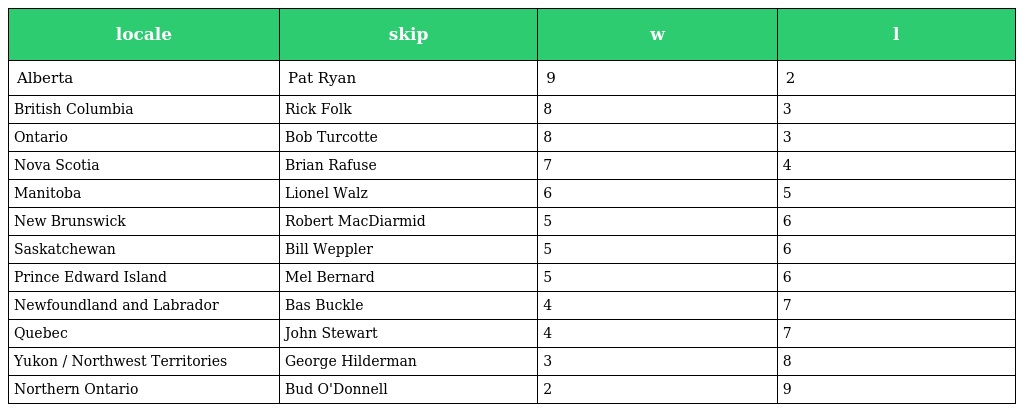
| locale | skip | w | l |
 | --- | --- | --- | --- |
 | Alberta | Pat Ryan | 9 | 2 |
 | British Columbia | Rick Folk | 8 | 3 |
 | Ontario | Bob Turcotte | 8 | 3 |
 | Nova Scotia | Brian Rafuse | 7 | 4 |
 | Manitoba | Lionel Walz | 6 | 5 |
 | New Brunswick | Robert MacDiarmid | 5 | 6 |
 | Saskatchewan | Bill Weppler | 5 | 6 |
 | Prince Edward Island | Mel Bernard | 5 | 6 |
 | Newfoundland and Labrador | Bas Buckle | 4 | 7 |
 | Quebec | John Stewart | 4 | 7 |
 | Yukon / Northwest Territories | George Hilderman | 3 | 8 |
 | Northern Ontario | Bud O'Donnell | 2 | 9 |